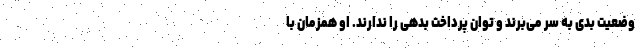
وضعیت بدی به سر می‌برند و توان پرداخت بدهی را ندارند. او همزمان با